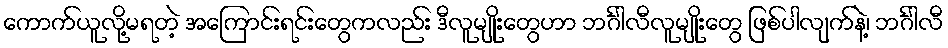
ကောက်ယူလို့မရတဲ့ အကြောင်းရင်းတွေကလည်း ဒီလူမျိုးတွေဟာ ဘင်္ဂါလီလူမျိုးတွေ ဖြစ်ပါလျက်နဲ့၊ ဘင်္ဂါလီ